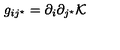
g _ { i j ^ { \star } } = \partial _ { i } \partial _ { j ^ { \star } } { \cal K }